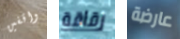
واقفين رقاقة عارضة